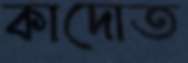
কাদোত